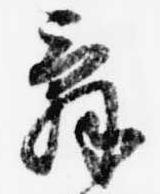
辞